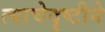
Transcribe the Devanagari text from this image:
त्याचेदृष्टीने